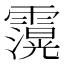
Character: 𮦶